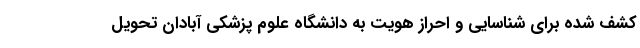
کشف شده برای شناسایی و احراز هویت به دانشگاه علوم پزشکی آبادان تحویل